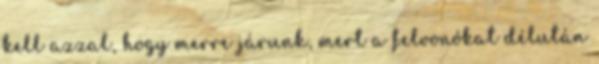
kell azzal, hogy merre járunk, mert a felvonókat délután